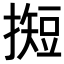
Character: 𢵦